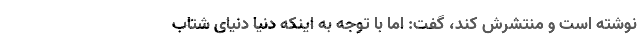
نوشته است و منتشرش کند، گفت: اما با توجه به اینکه دنیا دنیای شتاب